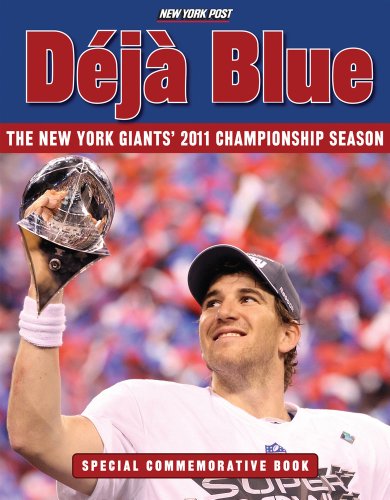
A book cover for Deja Blue: The New York Giants' 2011 Championship Season; New York Post; Travel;